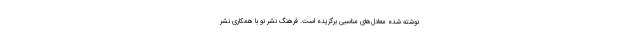
نوشته شده معادل‌های مناسبی برگزیده است. فرهنگ نشر نو با همکاری نشر